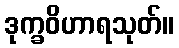
ဒုက္ခဝိဟာရသုတ်။